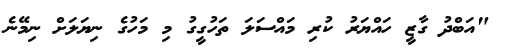
"އަބްދު ގާޒީ ހައްޔަރު ކުރި މައްސަލަ ތަހުގީގު މި މަހުގެ ނިޔަލަށް ނިމޭނެ